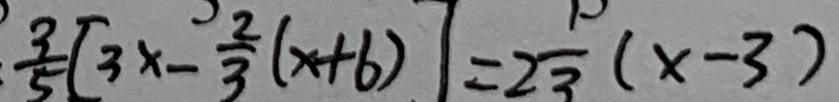
\frac { 3 } { 5 } [ 3 x - \frac { 2 } { 3 } ( x + 6 ) ] = 2 \frac { 1 } { 3 } ( x - 3 )